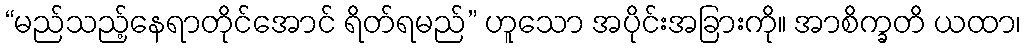
“မည်သည့်နေရာတိုင်အောင် ရိတ်ရမည်” ဟူသော အပိုင်းအခြားကို။ အာစိက္ခတိ ယထာ၊